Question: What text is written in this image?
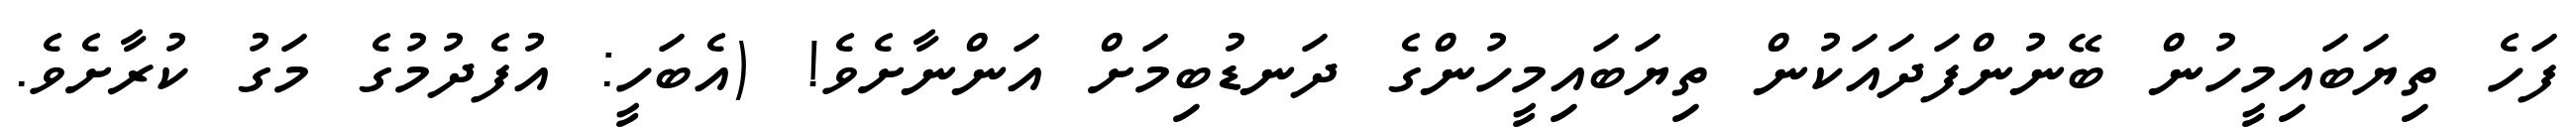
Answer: ފަހެ ތިޔަބައިމީހުން ބޭނުންފަދައަކުން ތިޔަބައިމީހުންގެ ދަނޑުބިމަށް އަންނާށެވެ! (އެބަހީ: އުފެދުމުގެ މަގު ކުރާށެވެ.